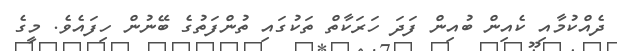
ދެއްކުމާއި ކެއިން ބުއިން ފަދަ ހަރަކާތް ތަކުގައި ތުންފަތުގެ ބޭނުން ހިފައެވެ. މީގެ